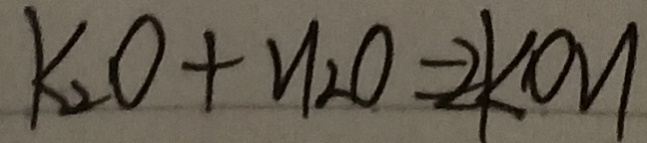
k _ { 2 } O + H _ { 2 } O = 2 k O H